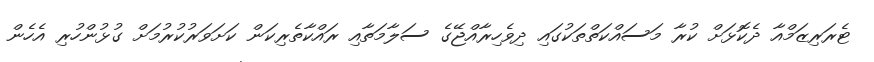
ޓެރަރިޒަމްއާ ދެކޮޅަށް ކުރާ މަސައްކަތްތަކުގައި ދިިވެހިރާއްޖޭގެ ސަލާމަތާއި ރައްކާތެރިކަން ކަށަވަރުކުރުމަށް ގުޅުންހުރި އެހެން